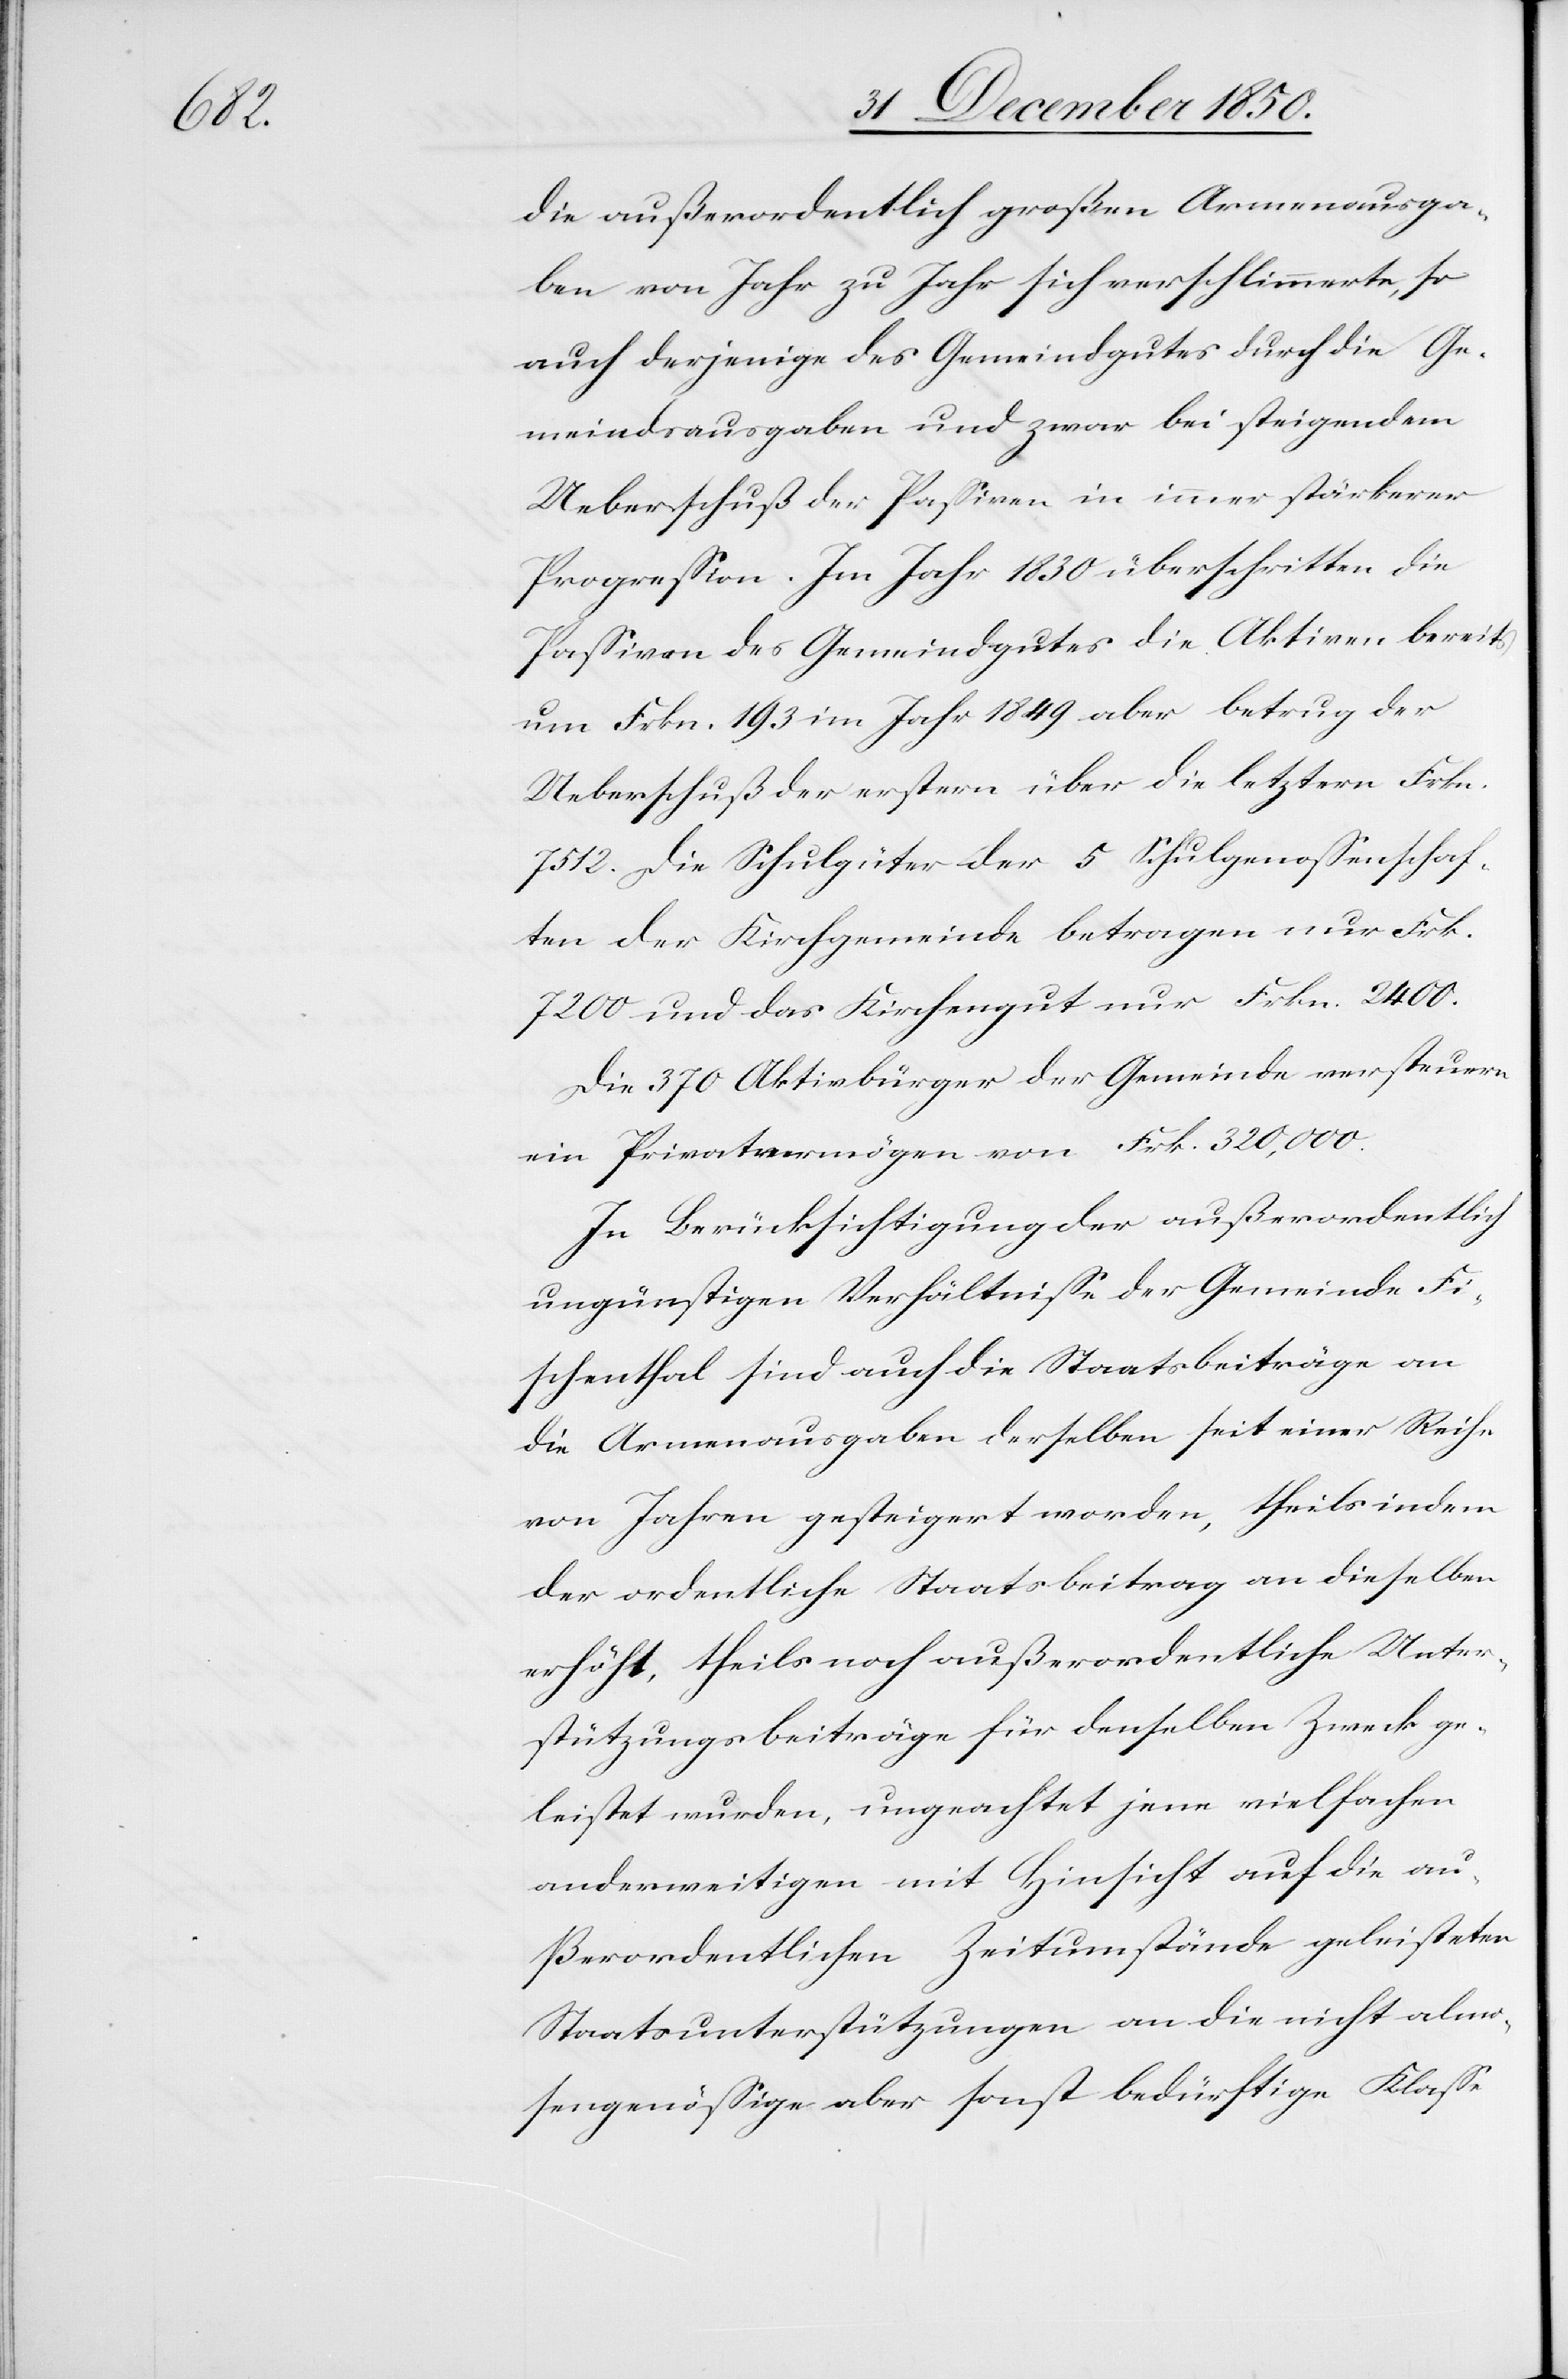
die außerordentlich großen Armenausga¬
ben von Jahr zu Jahr sich verschlimmerte, so
auch derjenige des Gemeindgutes durch die Ge¬
meindsausgaben und zwar bei steigendem
Ueberschuß der Passiven in immer stärkerer
Progression. Im Jahr 1830 überschritten die
Passiven des Gemeindgutes die Aktiven bereits
um Frkn. 193 im Jahr 1849 aber betrug der
Ueberschuß der erstern über die letztern Frkn.
7512. Die Schulgüter der 5 Schulgenossenschaf¬
ten der Kirchgemeinde betragen nur Frk.
7200 und das Kirchengut nur Frkn. 2400.
Die 370 Aktivbürger der Gemeinde versteuern
ein Privatvermögen von Frk. 320,000.
In Berücksichtigung der außerordentlich
ungünstigen Verhältnisse der Gemeinde Fi¬
schenthal sind auch die Staatsbeiträge an
die Armenausgaben derselben seit einer Reihe
von Jahren gesteigert worden, theils indem
der ordentliche Staatsbeitrag an dieselben
erhöht, theils noch außerordentliche Unter¬
stützungsbeiträge für denselben Zweck ge¬
leistet wurden, ungeachtet jene vielfachen
anderweitigen mit Hinsicht auf die au¬
ßerordentlichen Zeitumstände geleisteter
Staatsunterstützungen an die nicht almo¬
sengenössige aber sonst bedürftige Klasse